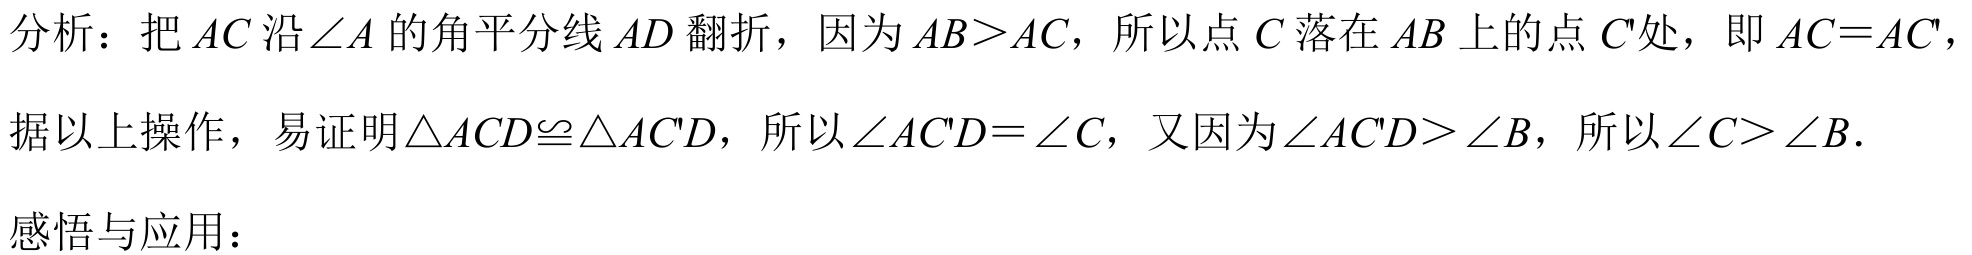
分析：把 \(AC\) 沿 \(\angle A\) 的角平分线 \(AD\) 翻折，因为 \(AB>AC\)，所以点 \(C\) 落在 \(AB\) 上的点 \(C'\)处，即 \(AC = AC'\)，
据以上操作，易证明\(\triangle ACD\cong\triangle AC'D\)，所以\(\angle AC'D=\angle C\)，又因为\(\angle AC'D>\angle B\)，所以\(\angle C>\angle B\).

感悟与应用：